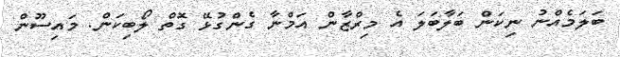
ބަލަމެއްނު ނިކަން ބަލާބަލަ އެ މިރްޒާން އަމްނާ ގެންގުޅޭ ގޮތް ލޯބިކަން. މައިސޫން